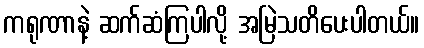
ကရုဏာနဲ့ ဆက်ဆံကြပါလို့ အမြဲသတိပေးပါတယ်။